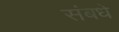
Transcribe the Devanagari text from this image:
संबधे